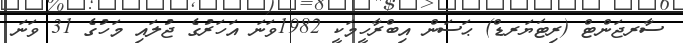
ސާރޖަންޓް (ރިޓަޔަރޑް) ޙަސަން އިބްރާހީމަކީ 1982ވަނަ އަހަރުގެ ޖުލައި މަހުގެ 31 ވަނަ